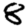
Digit: 8